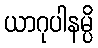
ယာဂုပါနမ္ပိ